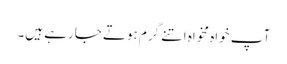
آپ خواہ مخواہ اتنے گرم ہوتے جارہے ہیں۔